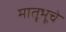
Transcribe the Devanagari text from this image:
मातृभूचे